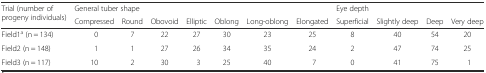
| <ROWSPAN=2> Trial (number of progeny individuals) | <COLSPAN=7> General tuber shape | <COLSPAN=4> Eye depth |
 | Compressed | Round | Obovoid | Elliptic | Oblong | Long-oblong | Elongated | Superficial | Slightly deep | Deep | Very deep |
 | --- | --- | --- | --- | --- | --- | --- | --- | --- | --- | --- | --- |
 | Field1a (n = 134) | 0 | 7 | 22 | 27 | 30 | 23 | 25 | 8 | 40 | 54 | 20 |
 | Field2 (n = 148) | 1 | 1 | 27 | 26 | 34 | 35 | 24 | 2 | 47 | 74 | 25 |
 | Field3 (n = 117) | 10 | 2 | 30 | 3 | 25 | 40 | 7 | 0 | 41 | 75 | 1 |